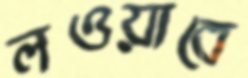
লওয়াবে